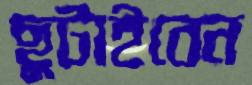
ছুটাইবেন